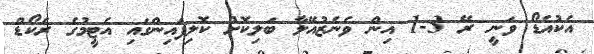
އެކުއެޑޯ ވަނީ ރޭ 3-1 އިން ވެނެޒުއޭލާ ބަލިކޮށް ކޮލިފައިންގައި އެޓީމުގެ ރެކޯޑް